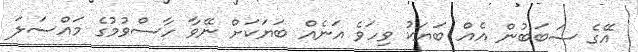
އޭގެ ސަބަބުން އެއް ބަޔަކު ވިހަވެ އަނެއް ބަޔަކަށް ނޭވާ ހާސްވުމުގެ މައްސަލަ